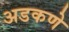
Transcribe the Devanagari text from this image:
अडकणे